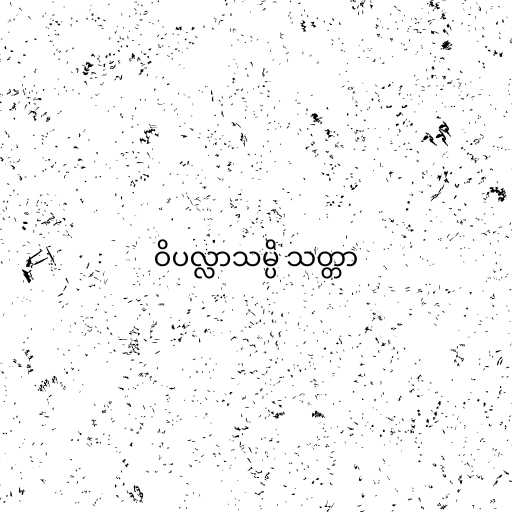
ဝိပလ္လာသမ္ပိ သတ္တာ